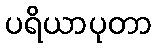
ပရိယာပုတာ